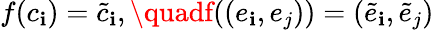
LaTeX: f(c_{\mathbf{i}})=\tilde{{c}}_{\mathbf{i}},\quadf((e_{\mathbf{i}},e_{j}))=(\tilde{{e}}_{\mathbf{i}},\tilde{{e}}_{j})